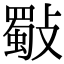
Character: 斀